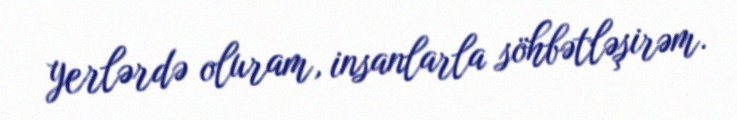
yerlərdə oluram, insanlarla söhbətləşirəm.